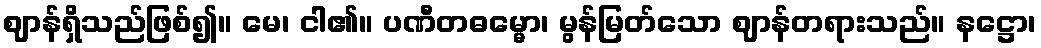
ဈာန်ရှိသည်ဖြစ်၍။ မေ၊ ငါ၏။ ပဏီတဓမ္မော၊ မွန်မြတ်သော ဈာန်တရားသည်။ နဋ္ဌော၊